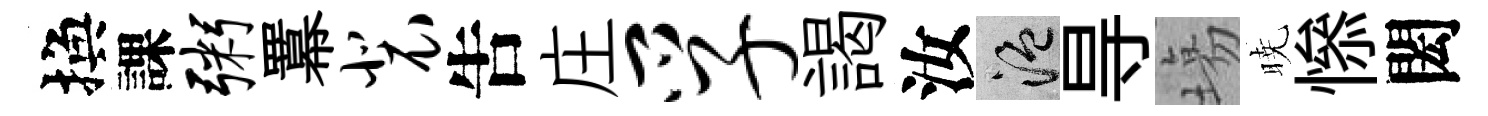
換課粥羃裴吿庄孚謁汝温㝵塲暁𢡖閎